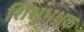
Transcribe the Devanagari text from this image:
शिशुभक्षक